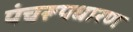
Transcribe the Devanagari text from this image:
पंचरूपधारण